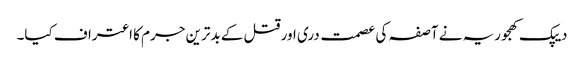
دیپک کھجوریہ نے آصفہ کی عصمت دری اور قتل کے بدترین جرم کا اعتراف کیا۔